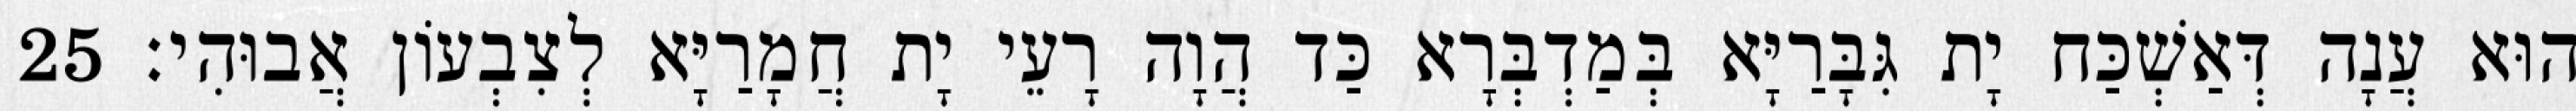
הוּא עֲנָה דְּאַשְׁכַּח יָת גִּבָּרַיָּא בְּמַדְבְּרָא כַּד הֲוָה רָעֵי יָת חֲמָרַיָּא לְצִבְעוֹן אֲבוּהִי׃ 25